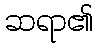
ဆရာ၏